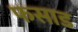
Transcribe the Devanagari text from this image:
फसाड